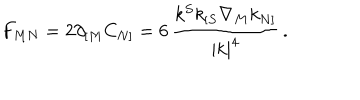
F _ { M N } = 2 \partial _ { [ M } C _ { N ] } = 6 \, { \frac { k ^ { S } k _ { [ S } \nabla _ { M } k _ { N ] } } { | k | ^ { 4 } } } \, .